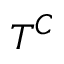
T ^ { C }